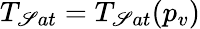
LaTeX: T_{\mathscr{S}at}=T_{\mathscr{S}at}(p_{v})